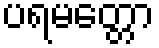
ပရမတ္တော